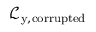
\mathcal { L } _ { \mathrm { y , c o r r u p t e d } }